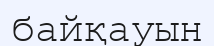
байқауын